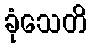
ခုံသေတိ